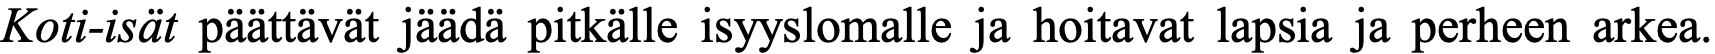
Koti-isät päättävät jäädä pitkälle isyyslomalle ja hoitavat lapsia ja perheen arkea.